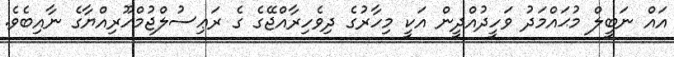
އައް ނަބީލް މުޙައްމަދު ވަހީދުއްދީން އަކީ މިހާރުގެ ދިވެހިރާއްޖޭގެ ގެ ރަޢިސުލްޖުމްހޫރިއްޔާގެ ނާއިބެވެ.